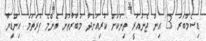
ޑިސެމްބަރު 23 އިން ޖެނުއަރީ ތިނަކަށް ކުރިއަށްދާ މުބާރާތަށް އެންމެ ފުރަތަމަ އިންޑިޔާ